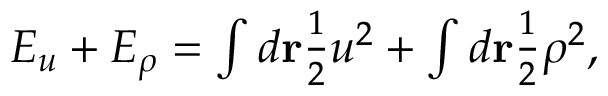
\begin{array} { r } { E _ { u } + E _ { \rho } = \int d { \bf r } \frac { 1 } { 2 } u ^ { 2 } + \int d { \bf r } \frac { 1 } { 2 } \rho ^ { 2 } , } \end{array}